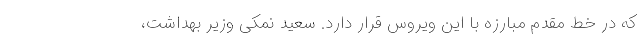
که در خط مقدم مبارزه با این ویروس قرار دارد. سعید نمکی وزیر بهداشت،